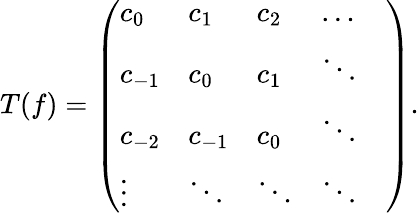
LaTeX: \begin{array}{r}{T(f)=\left(\begin{array}{lllll}{c_{0}}&{c_{1}}&{c_{2}}&{\dots}&{}\\ {c_{-1}}&{c_{0}}&{c_{1}}&{\ddots}\\ {c_{-2}}&{c_{-1}}&{c_{0}}&{\ddots}\\ {\vdots}&{\ddots}&{\ddots}&{\ddots}\end{array}\right).}\end{array}